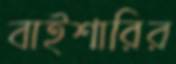
বাইশারির